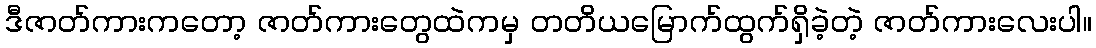
ဒီဇာတ်ကားကတော့ ဇာတ်ကားတွေထဲကမှ တတိယမြောက်ထွက်ရှိခဲ့တဲ့ ဇာတ်ကားလေးပါ။